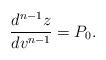
LaTeX: \begin{align*} \frac{d^{n-1}z}{dv^{n-1}}=P_{0}.\end{align*}